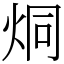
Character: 烔